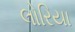
લોરિયા